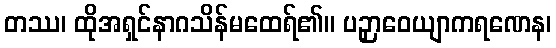
တဿ၊ ထိုအရှင်နာဂသိန်မထေရ်၏။ ပဉှာဝေယျာကရဏေန၊